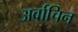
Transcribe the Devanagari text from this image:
अर्वाचिन